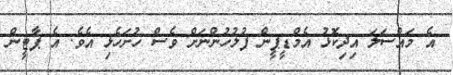
އެ މައްސަލަ އިދިކޮޅު އެމްޑީޕީން ފުލުހުންނަށް ވެސް ހުށަހެޅި އެވެ. އެ ޕާޓީން